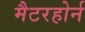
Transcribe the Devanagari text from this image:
मैटरहोर्न